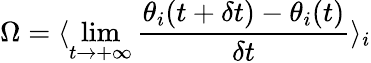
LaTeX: \Omega=\langle\operatorname*{lim}_{t\rightarrow+\infty}\frac{\theta_{i}(t+\delta t)-\theta_{i}(t)}{\delta t}\rangle_{i}